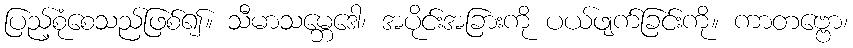
ပြည့်စုံစေသည်ဖြစ်၍။ သီမာသမ္ဘေဒေါ၊ အပိုင်းအခြားကို ပယ်ဖျက်ခြင်းကို။ ကာတဗ္ဗော၊